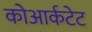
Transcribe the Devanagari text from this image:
कोआर्कटेट